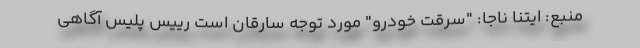
منبع: ایتنا ناجا: "سرقت خودرو" مورد توجه سارقان است رییس پلیس آگاهی